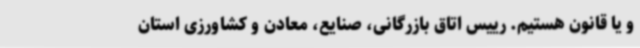
و یا قانون هستیم. رییس اتاق بازرگانی، صنایع، معادن و کشاورزی استان